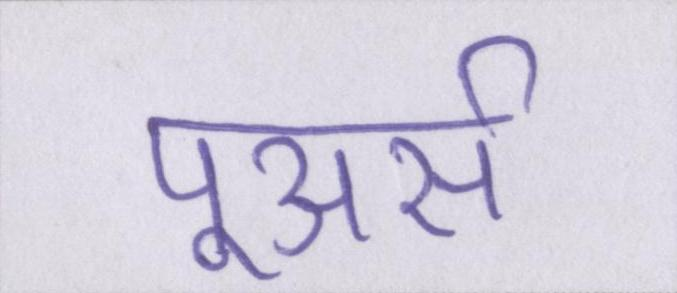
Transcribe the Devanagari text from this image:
पूअर्स